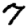
Digit: 7